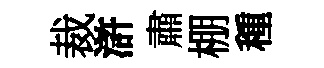
裁滸肅棚種